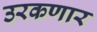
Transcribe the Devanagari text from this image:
उरकणार